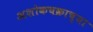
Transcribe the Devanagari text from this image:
अशोकचक्राच्या